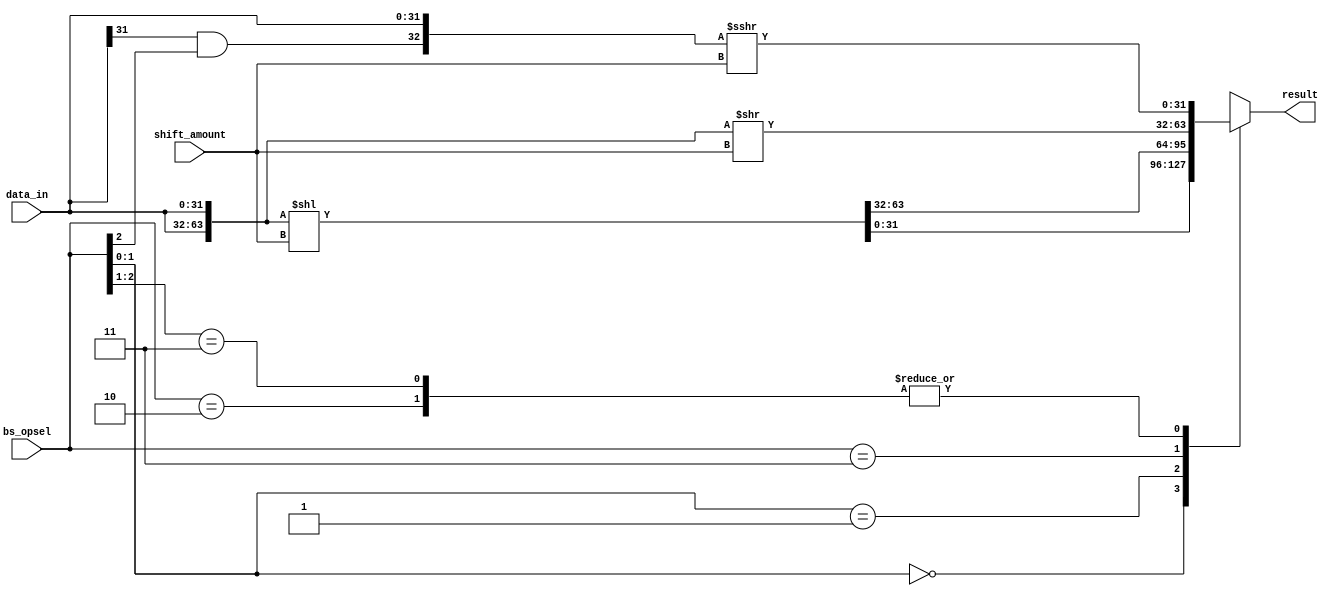
`timescale 1ns/1ps

`define SLL 3'b?00	//shift left logical
`define SRL 3'b010	//shift right logical 
`define ROL 3'b?01	//rotate left
`define ROR 3'b011	//rotate right
`define SRA 3'b11?	//shift right arithmetical

module barrel_shifter( bs_opsel, shift_amount, data_in, result);

input  [31:0]data_in; 	//input Barrel_shifter
input  [2:0]bs_opsel;	//choice of operation
input  [31:0]shift_amount;	//bit for swift
output reg [31:0]result;  //output Barrel_shifter 
wire arithmetical;

assign arithmetical = data_in[31] & bs_opsel[2];
wire [63:0]shift_left_logical = {data_in, data_in} << shift_amount;
wire [63:0]shift_right_logical = {data_in, data_in} >> shift_amount;
wire [31:0]shift_right_arithmetical = $signed({arithmetical,data_in}) >>> shift_amount; // Alexandr Shlihta autor 

always @* begin
  casez(bs_opsel)
    `SLL:  result = shift_left_logical[31:0];   
    `SRL:  result = shift_right_arithmetical[31:0];  
    `ROL:  result = shift_left_logical[63:32];
    `ROR:  result = shift_right_logical[31:0];        
    `SRA:  result = shift_right_arithmetical[31:0];
  endcase
 
end
		
endmodule